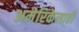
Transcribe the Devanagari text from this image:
अमेरिकेसाठी